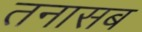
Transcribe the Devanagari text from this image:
तनासब